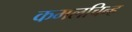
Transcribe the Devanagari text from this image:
कमलचिन्ह